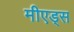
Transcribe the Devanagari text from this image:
मीएड्स